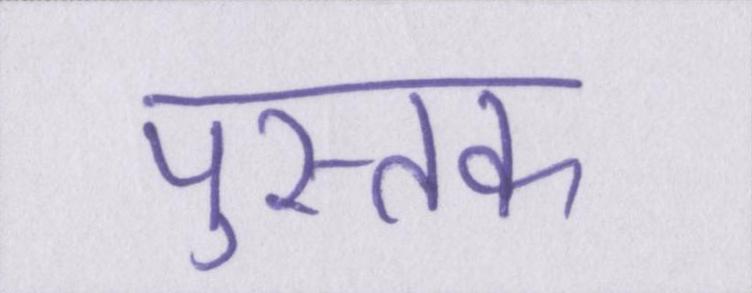
पुस्तक